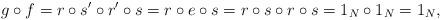
LaTeX: \begin{align*}g \circ f = r \circ s' \circ r' \circ s = r \circ e \circ s = r \circ s \circ r \circ s = 1_N \circ 1_N = 1_N,\end{align*}